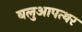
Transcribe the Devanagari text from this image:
बलुआपत्थर